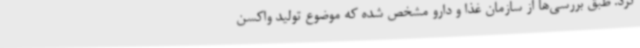
کرد. طبق بررسی‌ها از سازمان غذا و دارو مشخص شده که موضوع تولید واکسن